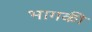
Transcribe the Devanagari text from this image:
भागकी